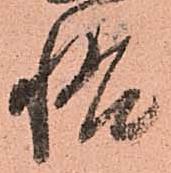
悟